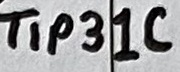
Text: TIP31C